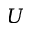
U